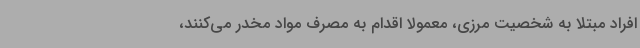
افراد مبتلا به شخصیت مرزی‌، معمولا اقدام به مصرف مواد مخدر می‌کنند،